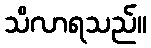
သိလာရသည်။